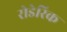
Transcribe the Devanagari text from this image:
रोडेरिक